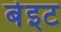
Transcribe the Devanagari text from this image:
बेइट